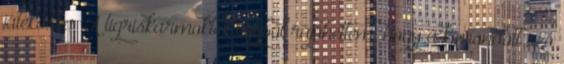
játékosba. A tigriskarmokból egyből rájöhettem, hogy a kimondott szó